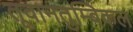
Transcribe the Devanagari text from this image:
तूवानतुम्बिकल